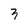
Character: 3